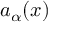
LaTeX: a _ { \alpha } ( x )